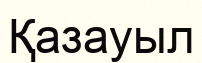
Қазауыл